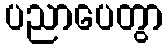
ပညာပေတွာ